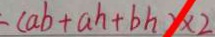
( a b + a h + b h ) \times 2